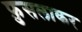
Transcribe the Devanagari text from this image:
फ़ुसलाकर